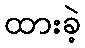
ထားခဲ့